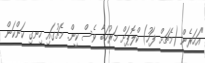
"އަހަރެން (މެޗަށް ފަހު) ކްލޮޕަށް މަރުހަބާ ވެސް ކީން. މެޗުގައި ހިނގި ކަންކަން